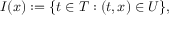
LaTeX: I ( x ) : = \{ t \in T : ( t , x ) \in U \} ,